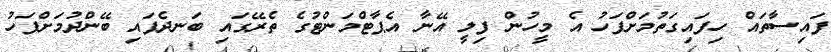
ފައިސާތައް ހިފައިގަތުމަށްފަހު އެ މީހުން ފިލީ އޭނާ އެޕާޓްމަންޓުގެ ތެރޭގައި ބަނދެފައި ބޭންދުމަށްފަހު